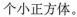
个小正方体。